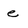
Character: e